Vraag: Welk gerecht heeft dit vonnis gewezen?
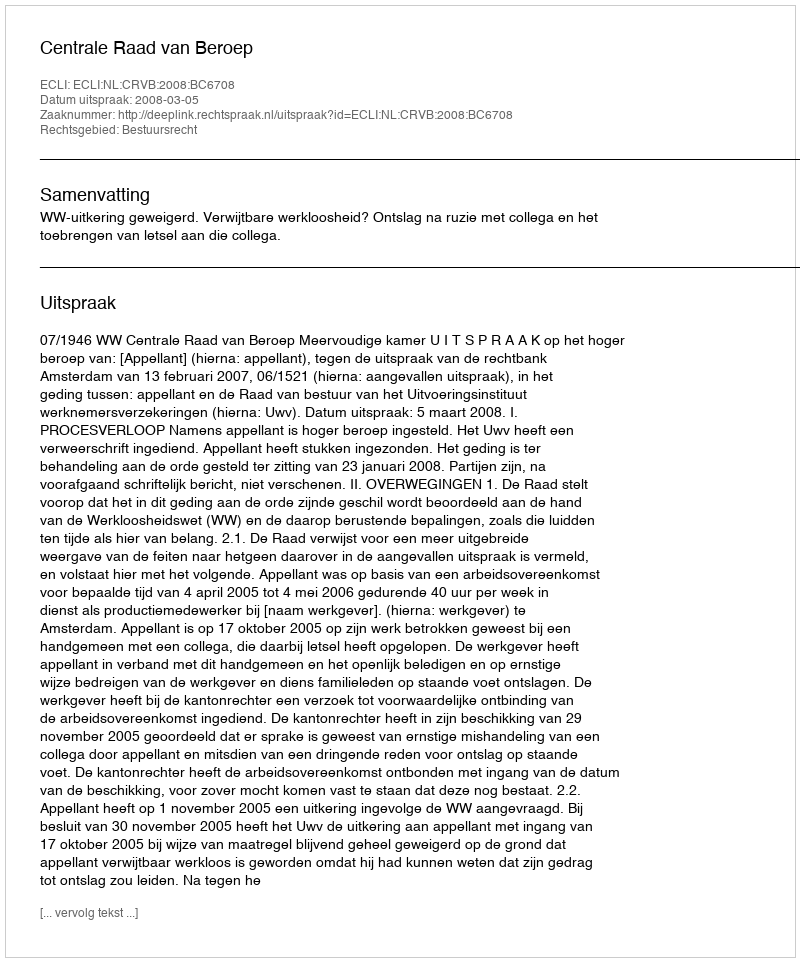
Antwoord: Centrale Raad van Beroep